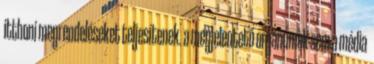
itthoni megrendeléseket teljesítenek. a megjelentető orgánumok sem a média